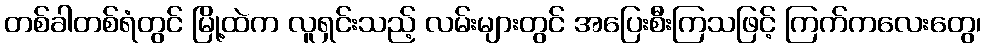
တစ်ခါတစ်ရံတွင် မြို့ထဲက လူရှင်းသည့် လမ်းများတွင် အပြေးစီးကြသဖြင့် ကြက်ကလေးတွေ၊